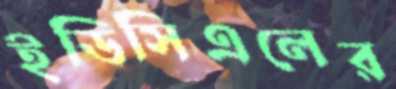
ইডিসিএলের